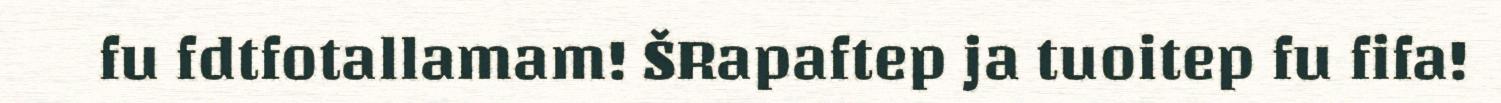
fu fdtfotallamam! ŠRapaftep ja tuoitep fu fifa!